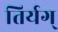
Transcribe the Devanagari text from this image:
तिर्यग्